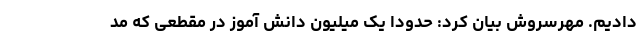
دادیم. مهرسروش بیان کرد: حدودا یک میلیون دانش آموز در مقطعی که مد